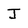
Character: J